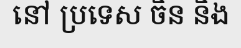
នៅ ប្រទេស ចិន និង